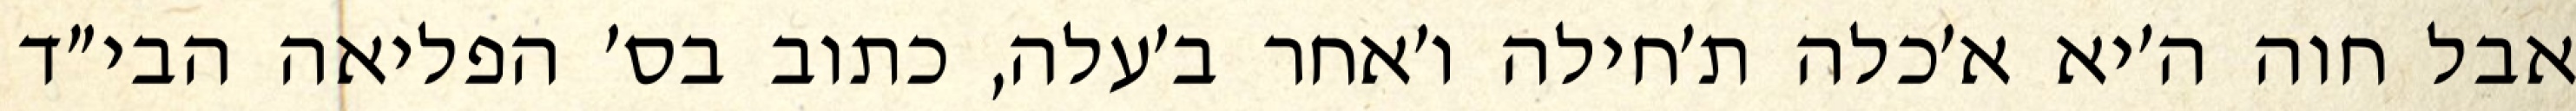
אבל חוה ה׳יא א׳כלה ת׳חילה ו׳אחר ב׳עלה, כתוב בס׳ הפליאה הבי״ד